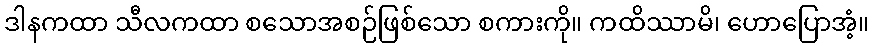
ဒါနကထာ သီလကထာ စသောအစဉ်ဖြစ်သော စကားကို။ ကထိဿာမိ၊ ဟောပြောအံ့။